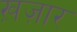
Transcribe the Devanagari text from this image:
ख़ज़ार